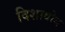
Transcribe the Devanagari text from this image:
दिशाबोध